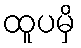
ထူပမှိ